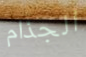
الجذام